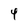
Character: 4